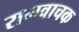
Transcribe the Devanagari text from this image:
रागवाचक